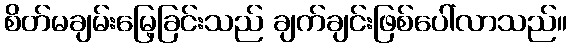
စိတ်မချမ်းမြေ့ခြင်းသည် ချက်ချင်းဖြစ်ပေါ်လာသည်။